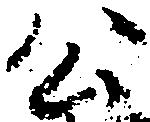
公